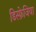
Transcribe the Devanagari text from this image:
डिस्फ़ेजिया